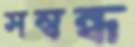
সম্বন্ধ